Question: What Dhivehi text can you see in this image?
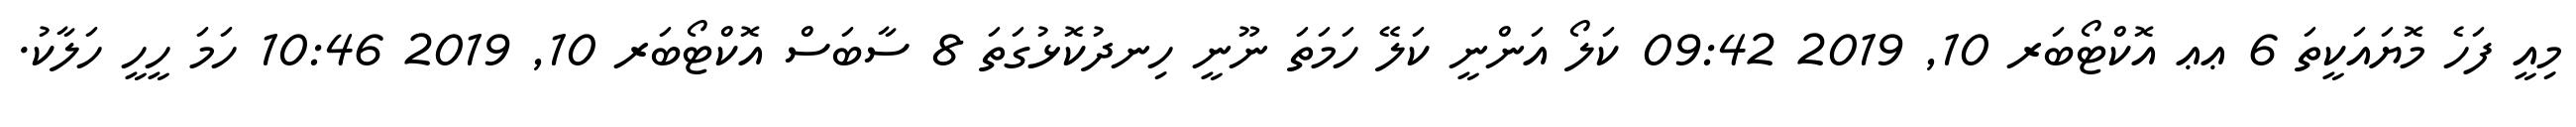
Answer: މިއީ ފަހެ މޮޔައަކީތަ 6 ޢޢ އޮކްޓޯބަރ 10, 2019 09:42 ކަލޯ އަންނީ ކަލޭ ހަމަތަ ނޫނީ ހިނދުކޮޅުގަތަ 8 ސާބަސް އޮކްޓޯބަރ 10, 2019 10:46 ހަމަ ހީހީ ހަލާކު.